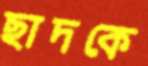
ছাদকে